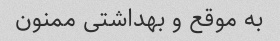
به موقع و بهداشتی ممنون